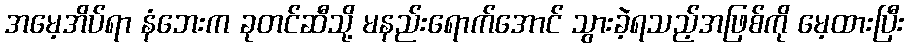
အမေ့အိပ်ရာ နံဘေးက ခုတင်ဆီသို့ မနည်းရောက်အောင် သွားခဲ့ရသည့်အဖြစ်ကို မေ့ထားပြီး